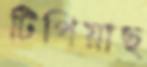
টিপিয়াছ